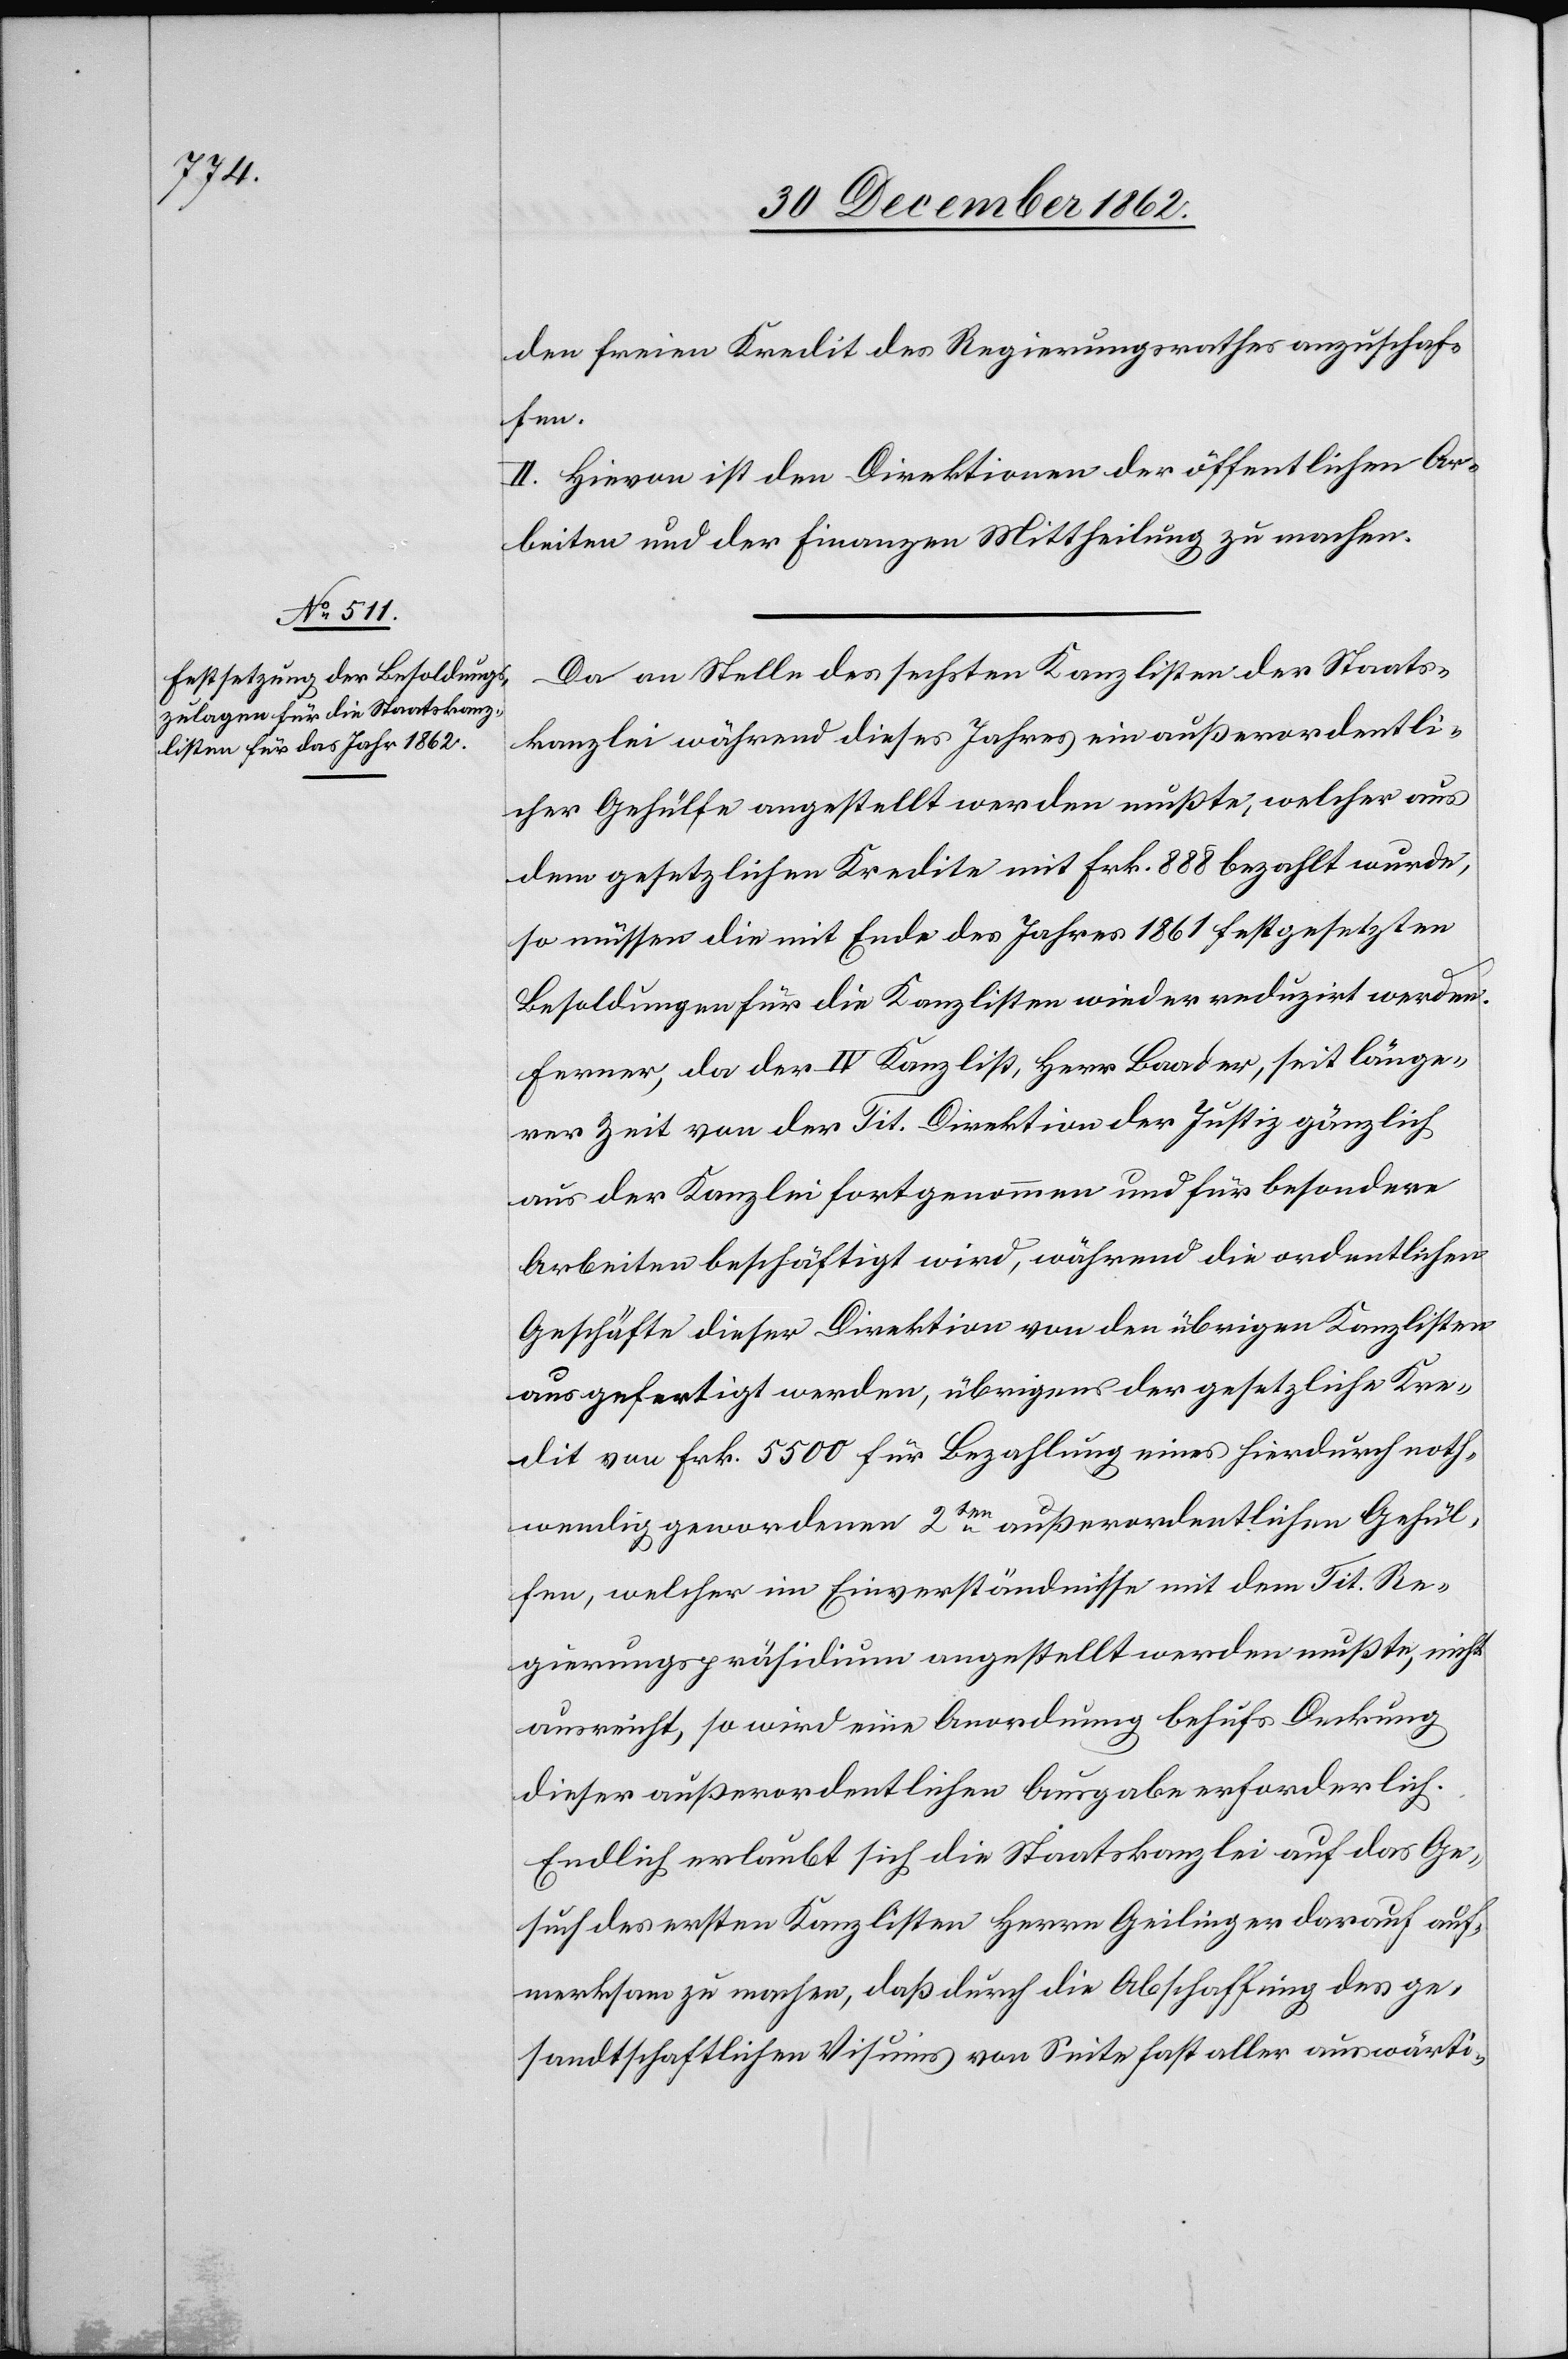
den freien Kredit des Regierungsrathes anzuschaf¬
fen.
II. Hievon ist den Direktionen der öffentlichen Ar¬
beiten und der Finanzen Mittheilung zu machen.